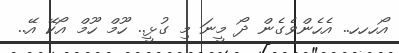
އޯހހހ.. އެހެންވެގެން ދޯ މީނަ މި ގުޅީ.. ހޫމް ހޫމް އޯކޭ އޭ..